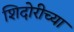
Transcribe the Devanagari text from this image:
शिदोरीच्या